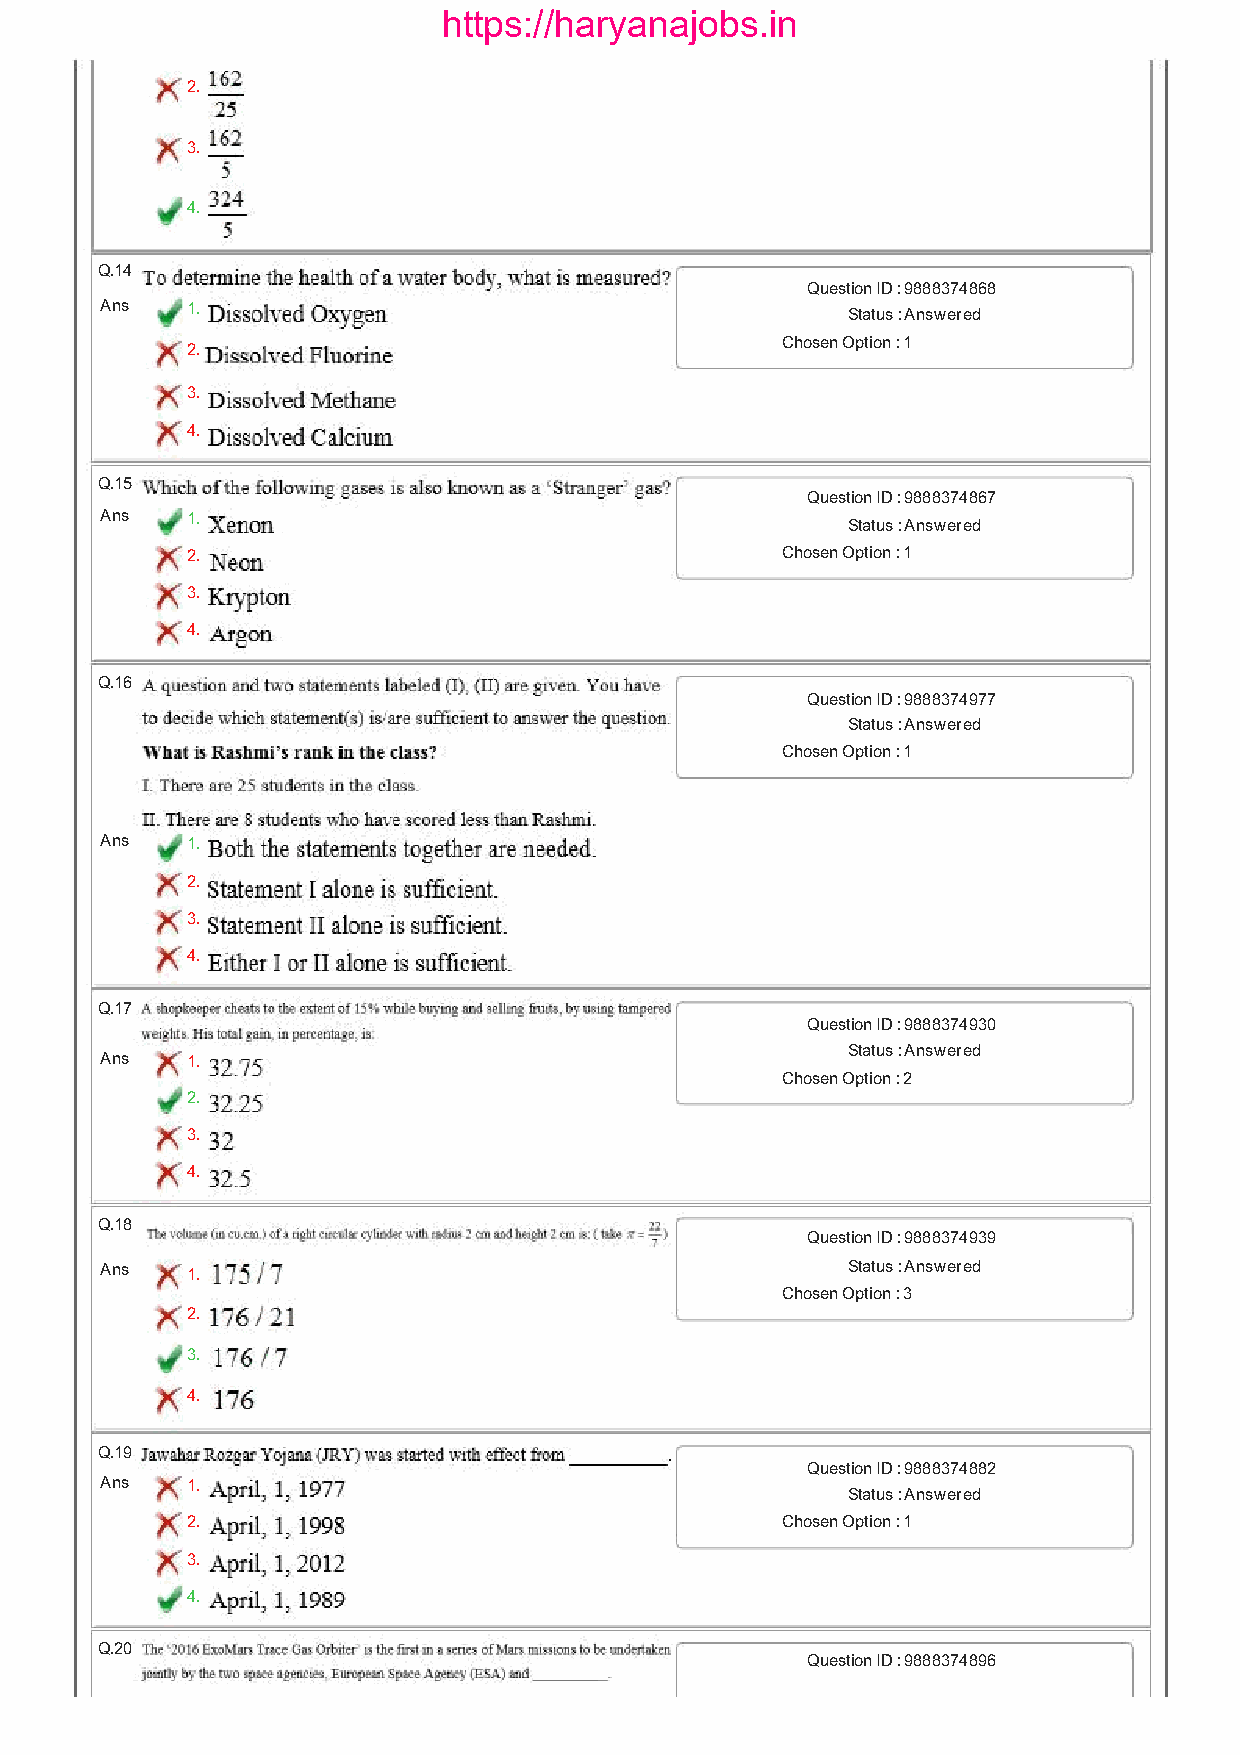
https://haryanajobs.in
 2.
 3.
 4.
 Q.14
 Question ID : 9888374868
 Ans  1.                                          Status : Answered
 2.
 Chosen Option : 1
 3.
 4.
 Q.15
 Question ID : 9888374867
 Ans  1.
 Status : Answered
 2.                                      Chosen Option : 1
 3.
 4.
 Q.16
 Question ID : 9888374977
 Status : Answered
 Chosen Option : 1
 Ans  1.
 2.
 3.
 4.
 Q.17
 Question ID : 9888374930
 Status : Answered
 Ans  1.
 Chosen Option : 2
 2.
 3.
 4.
 Q.18
 Question ID : 9888374939
 Ans  1.                                          Status : Answered
 Chosen Option : 3
 2.
 3.
 4.
 Q.19
 Question ID : 9888374882
 Ans  1.
 Status : Answered
 2.                                      Chosen Option : 1
 3.
 4.
 Q.20
 Question ID : 9888374896